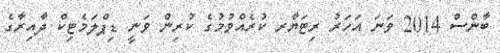
ބާންސް 2014 ވަނަ އަހަރު ރިޓަޔާރ ކުރެއްވުމުގެ ކުރިން ވަނީ ޑިޕްލަމެޓިކް ދާއިރާގެ